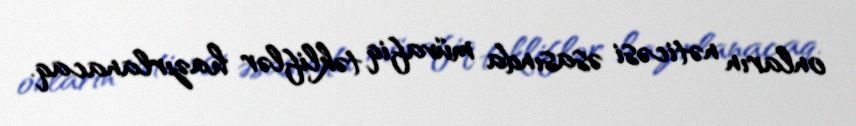
onların nəticəsi əsasında müvafiq təkliflər hazırlanacaq.